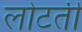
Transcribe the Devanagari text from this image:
लोटती